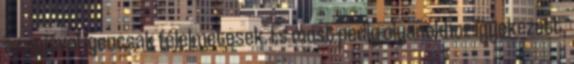
az apjával igencsak félelmetesek. És most pedig olyanokhoz igyekezett,